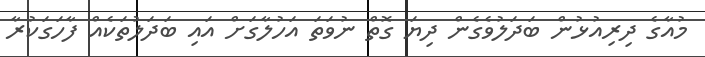
މުއާގެ ދިރިއުޅުން ބަދަލުވެގެން ދިޔަ ގޮތް ނުވަތަ އަހުލާގަށް އައި ބަދަލުތަކެއް ފާހަގަކުރާ